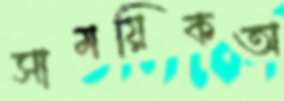
সাময়িকঅ